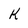
Character: K